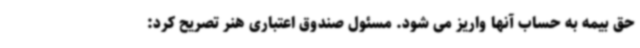
حق بیمه به حساب آنها واریز می شود. مسئول صندوق اعتباری هنر تصریح کرد: